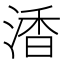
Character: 㴡